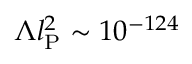
\Lambda l _ { \mathrm { P } } ^ { 2 } \sim 1 0 ^ { - 1 2 4 }